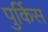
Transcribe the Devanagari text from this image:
पुर्किस